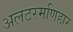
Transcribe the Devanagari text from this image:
अलटरमणिहार